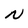
Character: N